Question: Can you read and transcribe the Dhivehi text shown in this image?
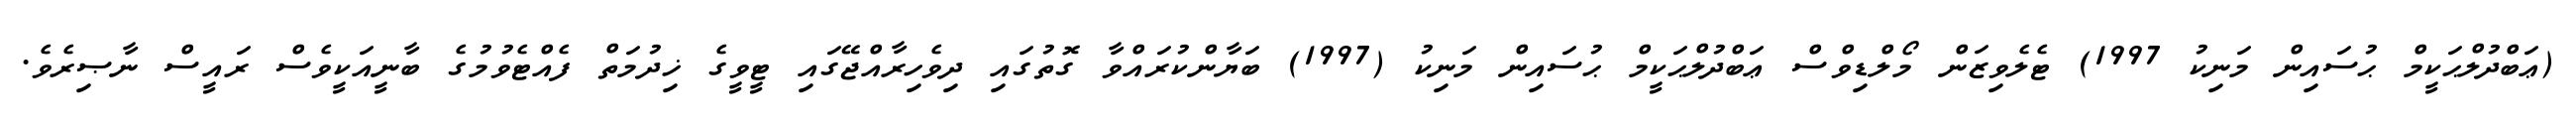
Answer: (ޢަބްދުލްޙަކީމް ޙުސައިން މަނިކު 1997) ޓެލެވިޒަން މޯލްޑިވްސް ޢަބްދުލްޙަކީމް ޙުސައިން މަނިކު (1997) ބަޔާންކުރައްވާ ގޮތުގައި ދިވެހިރާއްޖޭގައި ޓީވީގެ ޚިދުމަތް ފެއްޓެވުމުގެ ބާނީއަކީވެސް ރައީސް ނާޞިރެވެ.